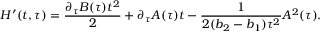
H ^ { \prime } ( t , \tau ) = \frac { \partial _ { \tau } B ( \tau ) t ^ { 2 } } { 2 } + \partial _ { \tau } A ( \tau ) t - \frac { 1 } { 2 ( b _ { 2 } - b _ { 1 } ) \tau ^ { 2 } } A ^ { 2 } ( \tau ) .